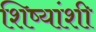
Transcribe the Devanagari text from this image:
शिष्यांशी